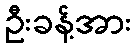
ဦးခန့်အား